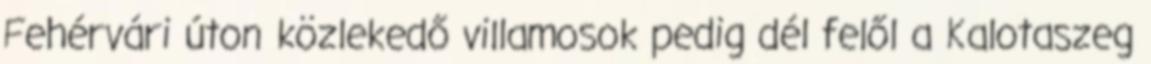
Fehérvári úton közlekedő villamosok pedig dél felől a Kalotaszeg